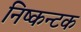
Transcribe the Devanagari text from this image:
निष्कन्टक